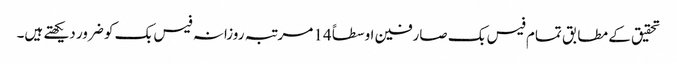
تحقیق کے مطابق تمام فیس بک صارفین اوسطاً 14 مرتبہ روزانہ فیس بک کو ضرور دیکھتے ہیں۔